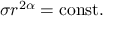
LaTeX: \sigma r ^ { 2 \alpha } = \mathrm { c o n s t } .